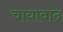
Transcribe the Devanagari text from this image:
चायावाद